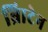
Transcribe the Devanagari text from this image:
ब्रिाटेन